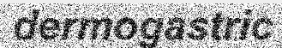
dermogastric